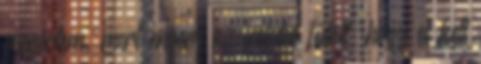
megértem, mert engem az indulat fűtött, hogy el kell